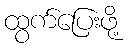
ထွက်ပြေးဖို့